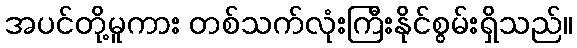
အပင်တို့မူကား တစ်သက်လုံးကြီးနိုင်စွမ်းရှိသည်။